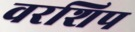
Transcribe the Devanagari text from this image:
वरशिप